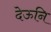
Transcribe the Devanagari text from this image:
देऊनि